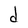
Character: d